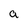
Character: a